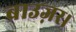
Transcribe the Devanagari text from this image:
ब्राउज़र।